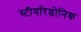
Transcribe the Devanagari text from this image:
स्टीयरिडोनिक